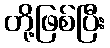
တို့ဖြစ်ပြီး